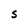
Character: S